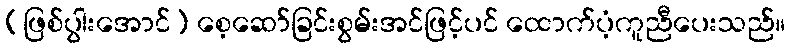
(ဖြစ်ပွါးအောင်) စေ့ဆော်ခြင်းစွမ်းအင်ဖြင့်ပင် ထောက်ပံ့ကူညီပေးသည်။